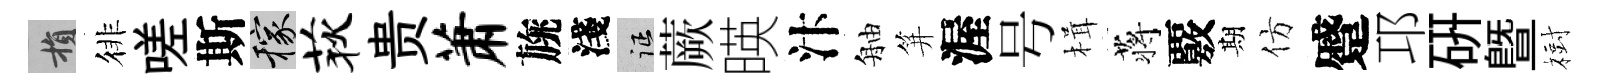
損徘嗟斯稼荻贵萧旐淺征蕨暎汴舳笄渥号楫蒋覈期仿蹙邛硏暨𣗳